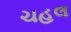
ચહલ